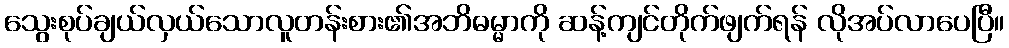
သွေးစုပ်ချယ်လှယ်သောလူတန်းစား၏အဘိဓမ္မာကို ဆန့်ကျင်တိုက်ဖျက်ရန် လိုအပ်လာပေပြီ။